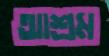
আশ্রম